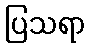
ပြသရာ